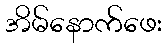
အိမ်နောက်ဖေး